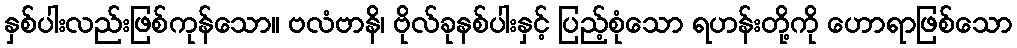
နှစ်ပါးလည်းဖြစ်ကုန်သော။ ဗလံဗာနိ၊ ဗိုလ်ခုနစ်ပါးနှင့် ပြည့်စုံသော ရဟန်းတို့ကို ဟောရာဖြစ်သော